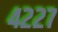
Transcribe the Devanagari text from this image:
४२२७